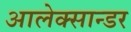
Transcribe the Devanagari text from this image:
आलेक्सान्डर